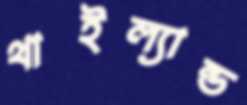
থাইল্যান্ড